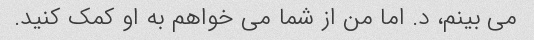
می بینم، د. اما من از شما می خواهم به او کمک کنید.